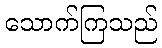
သောက်ကြသည်